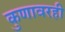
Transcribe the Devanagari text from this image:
कुणावरही